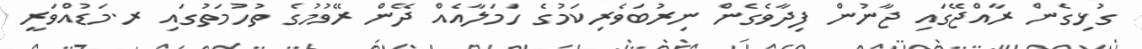
ގުޅިގެން ރާއްޖޭގައި ޖާނުން ފިދާވެގެން ނިރުބަވެރިކަމުގެ ހަމަލާއެއް ދޭން ރޭވުމުގެ ތުހުމަތުގައި ރ.މަޑުއްވަރީ